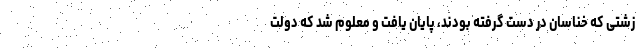
زشتی که خنّاسان در دست گرفته بودند، پایان یافت و معلوم شد که دولت